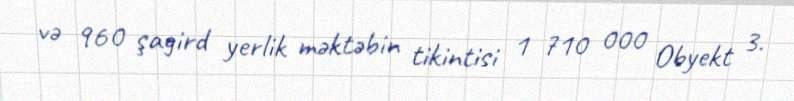
və 960 şagird yerlik məktəbin tikintisi 1 710 000 Obyekt 3.